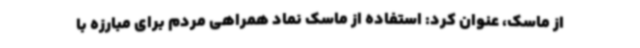
از ماسک، عنوان کرد: استفاده از ماسک نماد همراهی مردم برای مبارزه با